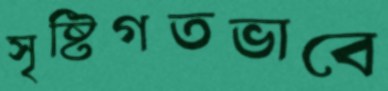
সৃষ্টিগতভাবে